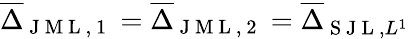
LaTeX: \overline{{\Delta}}_{\mathrm{~J~M~L~,~1~}}=\overline{{\Delta}}_{\mathrm{~J~M~L~,~2~}}=\overline{{\Delta}}_{\mathrm{~S~J~L~},L^{1}}